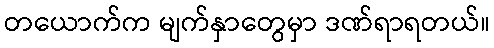
တယောက်က မျက်နှာတွေမှာ ဒဏ်ရာရတယ်။